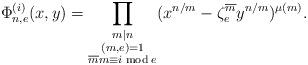
LaTeX: \begin{align*} \Phi_{n,e}^{(i)}(x,y)=\prod_{\substack{m|n \\ (m,e)=1\\ \overline mm\equiv i \bmod e}}(x^{n/m}-\zeta^{\overline m}_{e}y^{n/m})^{\mu(m)}.\end{align*}